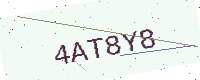
Text: 4AT8Y8